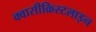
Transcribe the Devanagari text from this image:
क्वासीक्रिस्टलाइन